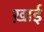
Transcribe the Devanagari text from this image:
ख़ाई